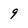
Character: 9